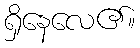
ရှိနေလေ၏။